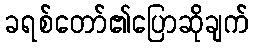
ခရစ်တော်၏ပြောဆိုချက်